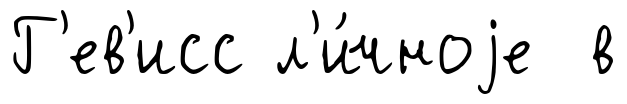
Г'ев'исс л'и́чноjе в